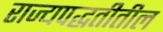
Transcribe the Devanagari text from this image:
राज्यपद्धतीतील